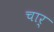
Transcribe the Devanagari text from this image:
चार्